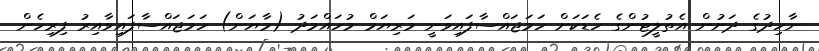
ނާހިދުގެ ދަށުން އެތުލީޓުންގެ ހެޑަކަށް ހަމަޖައްސާފައިވަނީ މަރިޔަމް މުހައްމަދު (މާޔަން) ހަމަޖައްސާފައިވާއިރު ފިރިހެން